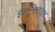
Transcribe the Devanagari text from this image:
इलमिनाइट